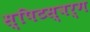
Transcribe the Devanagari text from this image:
स्पिटस्वर्ग